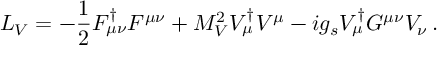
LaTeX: { \cal L } _ { V } = - { \frac { 1 } { 2 } } F _ { \mu \nu } ^ { \dagger } F ^ { \mu \nu } + M _ { V } ^ { 2 } V _ { \mu } ^ { \dagger } V ^ { \mu } - i g _ { s } V _ { \mu } ^ { \dagger } G ^ { \mu \nu } V _ { \nu } \, .